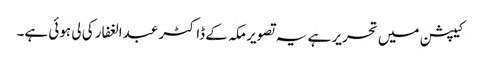
کیپشن میں تحریر ہے یہ تصویر مکہ کے ڈاکٹر عبدالغفار کی لی ہوئی ہے۔